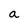
Character: a